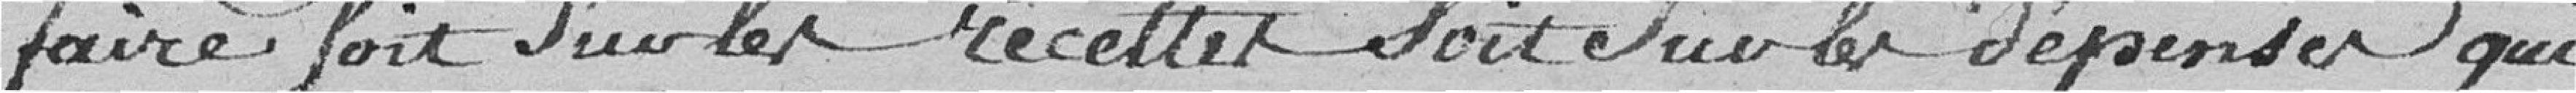
faire soit sur les recettes soit sur les dépenses qui